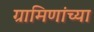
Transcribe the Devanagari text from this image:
ग्रामिणांच्या